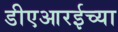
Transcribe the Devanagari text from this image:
डीएआरईच्या